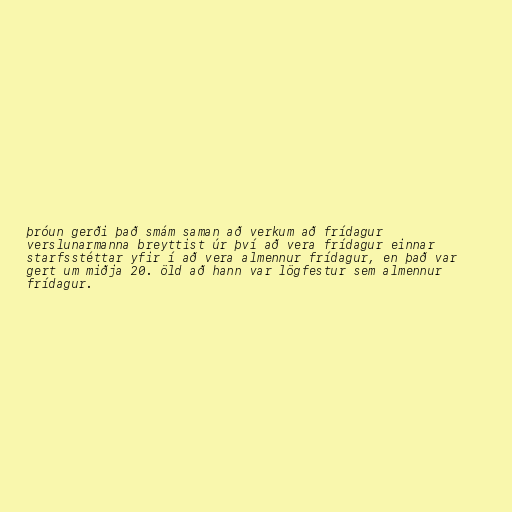
þróun gerði það smám saman að verkum að frídagur
verslunarmanna breyttist úr því að vera frídagur einnar
starfsstéttar yfir í að vera almennur frídagur, en það var
gert um miðja 20. öld að hann var lögfestur sem almennur
frídagur.